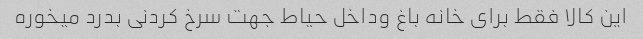
این کالا فقط برای خانه باغ وداخل حیاط جهت سرخ کردنی بدرد میخوره